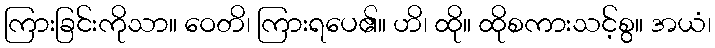
ကြားခြင်းကိုသာ။ ဝေတိ၊ ကြားရပေ၏။ ဟိ၊ ထို။ ထိုစကားသင့်စွ။ အယံ၊